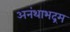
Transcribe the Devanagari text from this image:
अनंथाभद्रम